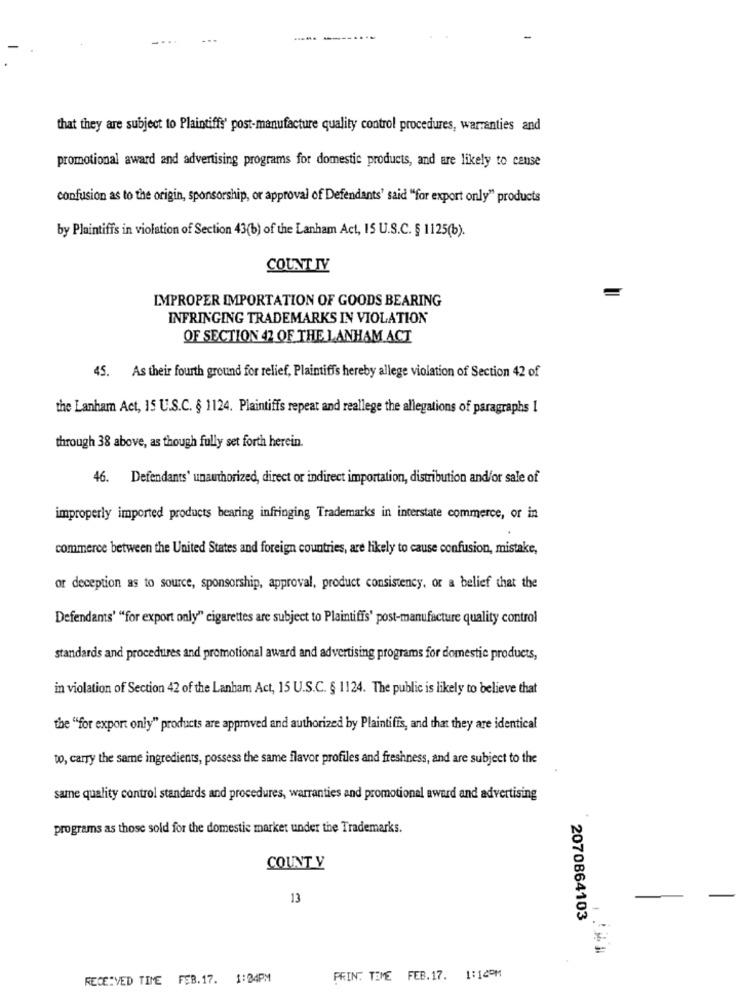
that they are subject to Plaintiffs' post-manufacture quality control procedures, warranties and
promotional award and advertising programs for domestic products, and are likely to cause
confusion as to the origin, sponsorship, or approval of Defendants' said "for export only" products
by Plaintiffs in violation of Section 43(b) of the Lanham Act, IS U.S.C. § 1125(b).
COUNT IV
IMPROPER IMPORTATION OF GOODS BEARING
INFRINGING TRADEMARKS IN VIOLATION
OF SECTION 42 OF THE LANHAM ACT
45. As their fourth ground for relief, Plaintiffs hereby allege violation of Section 42 of
the Lanham Act, 15 U.S.C. § 1124. Plaintiffs repeat and reallege the allegations of paragraphs I
through 38 above, as though fully set forth herein.
46. Defendants' unauthorized, direct or indirect importation, distribution and/or sale of
improperly imported products bearing infringing Trademarks in interstate commerce, or in
commerce between the United States and foreign countries, are likely to cause confusion, mistake,
or deception as to source, sponsorship, approval, product consistency, or a belief that the
Defendants' "for export only" cigarettes are subject to Plaintiffs' post-manufacture quality control
standards and procedures and promotional award and advertising programs for domestic products,
in violation of Section 42 of the Lanham Act, 15 U.S.C. § 1124. The public is likely to believe that
the "for export only" products are approved and authorized by Plaintiffs, and that they are identical
to, carry the same ingredients, possess the same flavor profiles and freshness, and are subject to the
same quality control standards and procedures, warranties and promotional award and advertising
programs as those sold for the domestic market under the Trademarks.
COUNT Y
13
2070864103
RECEIVED TIME FEB.17. 1:24PM
PRINT TIME FEB. 17. 1:14PM